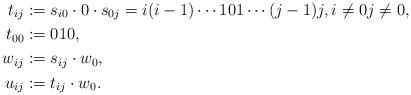
LaTeX: \begin{align*} t_{ij} &:= s_{i0} \cdot 0 \cdot s_{0j} = i(i-1)\cdots 101 \cdots (j-1)j , i \neq 0 j \neq 0, \\ t_{00} &:=010, \\ w_{ij} &:= s_{ij} \cdot w_0, \\ u_{ij} &:= t_{ij} \cdot w_0 .\end{align*}